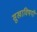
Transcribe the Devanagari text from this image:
सुखाविषयी